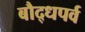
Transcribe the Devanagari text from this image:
बौद्धपर्व